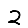
Digit: 2